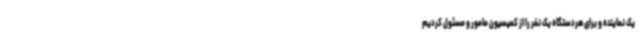
یک نماینده و برای هردستگاه یک نفر را از کمیسیون مامور و مسئول کردیم